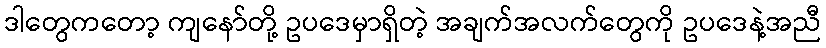
ဒါတွေကတော့ ကျနော်တို့ ဥပဒေမှာရှိတဲ့ အချက်အလက်တွေကို ဥပဒေနဲ့အညီ